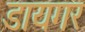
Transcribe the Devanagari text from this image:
डायगर